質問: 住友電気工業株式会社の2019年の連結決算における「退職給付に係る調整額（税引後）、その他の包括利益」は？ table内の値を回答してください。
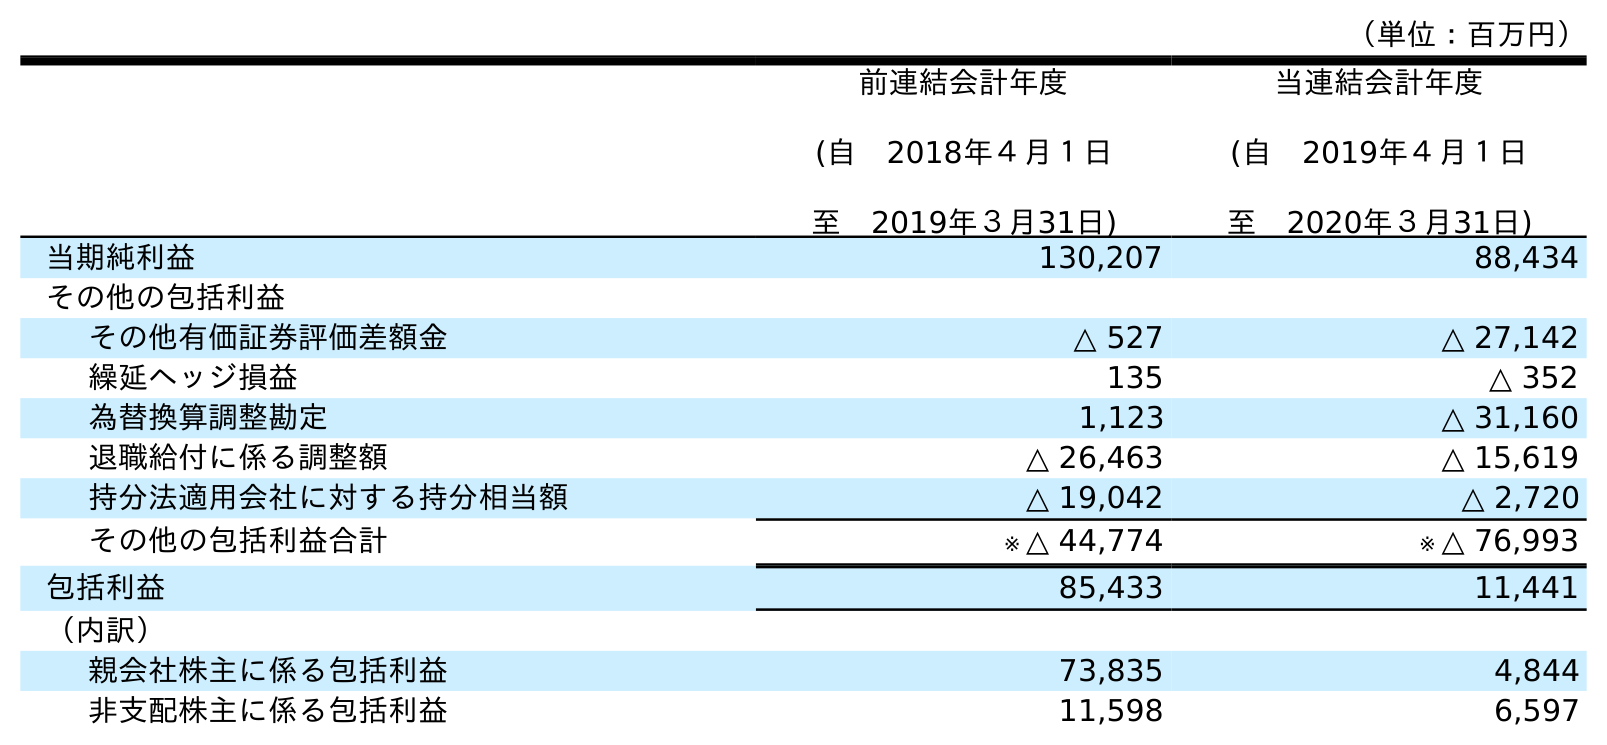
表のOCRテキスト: （単位：百万円） 前連結会計年度 (自 2018年４月１日 至 2019年３月31日) 当連結会計年度 (自 2019年４月１日 至 2020年３月31日) 当期純利益 130,207 88,434 その他の包括利益 その他有価証券評価差額金 △ 527 △ 27,142 繰延ヘッジ損益 135 △ 352 為替換算調整勘定 1,123 △ 31,160 退職給付に係る調整額 △ 26,463 △ 15,619 持分法適用会社に対する持分相当額 △ 19,042 △ 2,720 その他の包括利益合計 ※ △ 44,774 ※ △ 76,993 包括利益 85,433 11,441 （内訳） 親会社株主に係る包括利益 73,835 4,844 非支配株主に係る包括利益 11,598 6,597
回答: △26,463